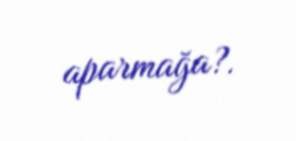
aparmağa?.